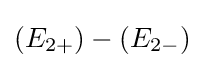
(E_{2+})-(E_{2-})